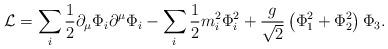
LaTeX: \begin{align*}{\cal L} = \sum_i\frac{1}{2} \partial_{\mu} \Phi_{i} \partial^{\mu} \Phi_{i} - \sum_i \frac{1}{2} m_{i}^{2} \Phi_{i}^{2} +\frac{g}{\sqrt{2}} \left( \Phi_{1}^{2} +\Phi_{2}^{2}\right) \Phi_{3}. \end{align*}